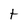
Character: t